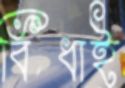
বিঁধাই